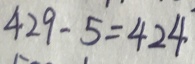
4 2 9 - 5 = 4 2 4